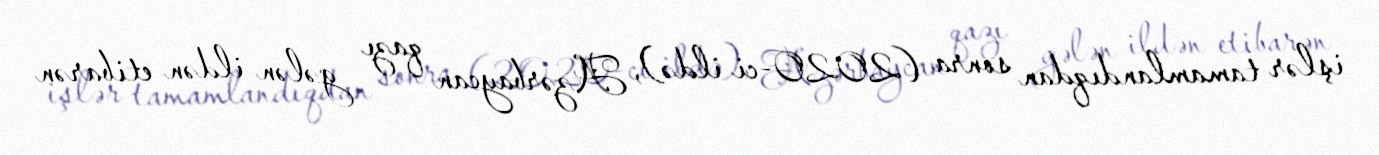
işlər tamamlandıqdan sonra (2020-ci ildə), Azərbaycan qazı gələn ildən etibarən